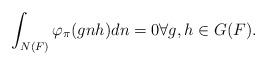
LaTeX: \begin{align*}\int_{N(F)}\varphi_{\pi}(gnh)dn = 0\forall g ,h\in G(F).\end{align*}